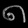
Digit: ၈